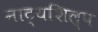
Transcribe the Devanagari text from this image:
नाट्यशिल्प